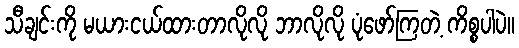
သီချင်းကို မယားငယ်ထားတာလိုလို ဘာလိုလို ပုံဖော်ကြတဲ့ ကိစ္စပါပဲ။